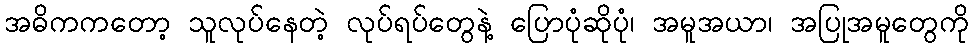
အဓိကကတော့ သူလုပ်နေတဲ့ လုပ်ရပ်တွေနဲ့ ပြောပုံဆိုပုံ၊ အမူအယာ၊ အပြုအမူတွေကို